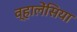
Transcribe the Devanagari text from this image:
व्हालेंसिया